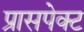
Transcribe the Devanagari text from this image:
प्रासपेक्ट